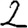
Digit: 2